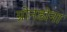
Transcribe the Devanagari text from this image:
ग्रोनडोना